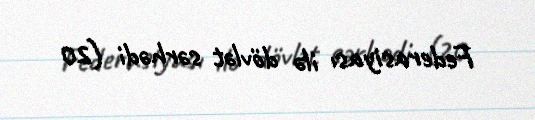
Federasiyası ilə dövlət sərhədi (20